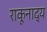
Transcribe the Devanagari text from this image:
राकूनाद्य